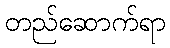
တည်ဆောက်ရာ